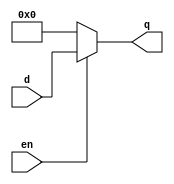
module zeroer_1(d,en,q);
parameter WIDTH=32;
input en;
input [WIDTH-1:0] d;
output [WIDTH-1:0] q;
assign q= (en) ? d : 0;
endmodule